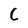
Character: C